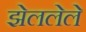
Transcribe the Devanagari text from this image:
झेललेले